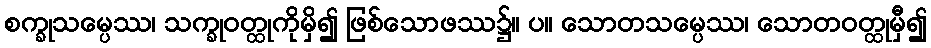
စက္ခုသမ္ပေဿ၊ သက္ခုဝတ္ထုကိုမှိ၍ ဖြစ်သောဖဿ၌။ ပ။ သောတသမ္ပေဿ၊ သောတဝတ္ထုမှီ၍